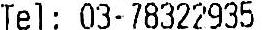
TEL : 03-78322935